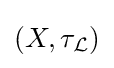
\left(X,\tau _{\mathcal {L}}\right)